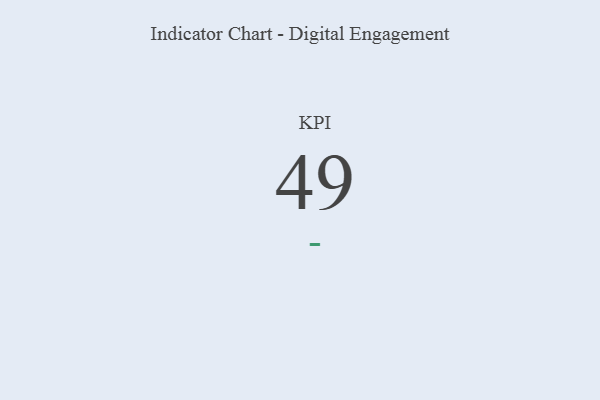
{"axis": {"x": "KPI", "y": "Value"}, "legend": [""], "data": [{"x": "KPI", "y": 49, "type": ""}]}